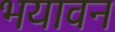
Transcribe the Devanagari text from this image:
भयावन